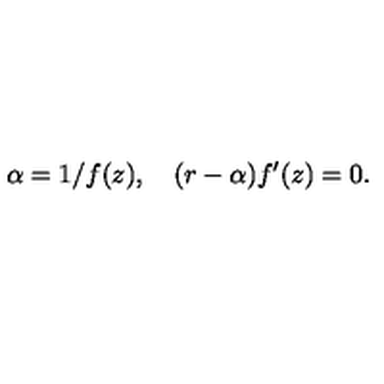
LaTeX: \alpha = 1 / f ( z ) , \quad ( r - \alpha ) f ^ { \prime } ( z ) = 0 .